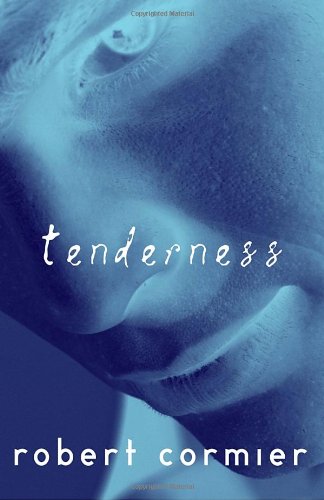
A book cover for Tenderness; Robert Cormier; Teen & Young Adult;